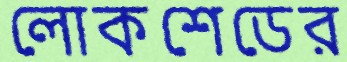
লোকশেডের